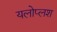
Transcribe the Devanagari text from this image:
यलोप्लश